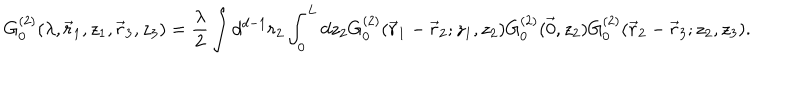
G _ { 0 } ^ { ( 2 ) } ( \lambda , \vec { r } _ { 1 } , z _ { 1 } , \vec { r } _ { 3 } , z _ { 3 } ) = \frac { \lambda } { 2 } \int d ^ { d - 1 } r _ { 2 } \int _ { 0 } ^ { L } d z _ { 2 } G _ { 0 } ^ { ( 2 ) } ( \vec { r } _ { 1 } - \vec { r } _ { 2 } ; z _ { 1 } , z _ { 2 } ) G _ { 0 } ^ { ( 2 ) } ( \vec { 0 } , z _ { 2 } ) G _ { 0 } ^ { ( 2 ) } ( \vec { r } _ { 2 } - \vec { r } _ { 3 } ; z _ { 2 } , z _ { 3 } ) .